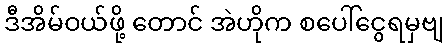
ဒီအိမ်ဝယ်ဖို့ တောင် အဲဟိုက စပေါ်ငွေရမှဗျ